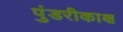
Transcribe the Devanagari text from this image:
पुंडरीकाक्ष